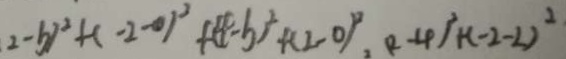
( 2 - b ) ^ { 2 } + ( - 2 - 0 ) ^ { 2 } + ( 4 - b ) ^ { 2 } + ( 2 - 0 ) ^ { 2 } , ( 2 - 4 ) ^ { 2 } + ( - 2 - 2 ) ^ { 2 }